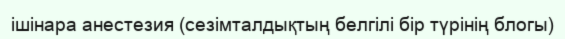
ішінара анестезия (сезімталдықтың белгілі бір түрінің блогы)